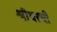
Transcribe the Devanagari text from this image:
श्रीधरची